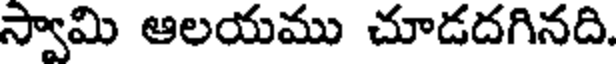
స్వామి ఆలయము చూడదగినది.